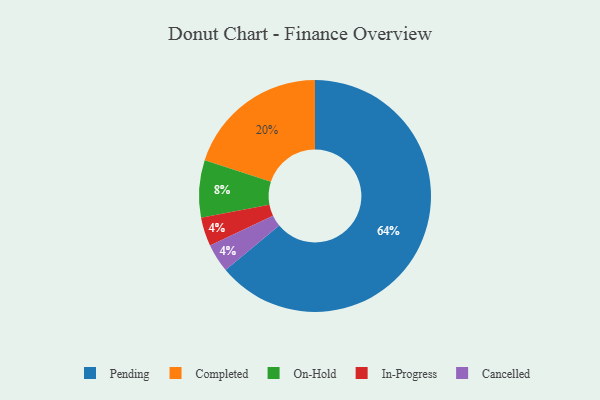
{"axis": {"x": "Category", "y": "Percentage"}, "legend": ["Cancelled", "Completed", "In-Progress", "On-Hold", "Pending"], "data": [{"x": "In-Progress", "y": 4, "type": "In-Progress"}, {"x": "Cancelled", "y": 4, "type": "Cancelled"}, {"x": "Pending", "y": 64, "type": "Pending"}, {"x": "On-Hold", "y": 8, "type": "On-Hold"}, {"x": "Completed", "y": 20, "type": "Completed"}]}